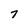
Character: 7